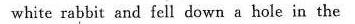
white rabbit and fell down a hole in the